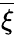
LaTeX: \overline{{\xi}}